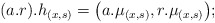
\begin{align*}(a.r).h_{(x,s)} = \bigl( a.\mu_{(x,s)},r.\mu_{(x,s)} \bigr);\end{align*}